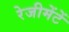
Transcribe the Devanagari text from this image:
रेजीमेंटें